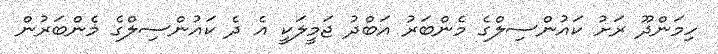
ހިމަންދޫ ރަށު ކައުންސިލްގެ މެންބަރު އަބްދު ޖަމީލަކީ އެ ދެ ކައުންސިލްގެ މެންބަރުން